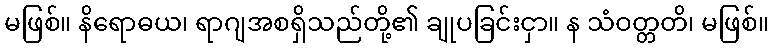
မဖြစ်။ နိရောဓယ၊ ရာဂျအစရှိသည်တို့၏ ချုပခြင်းငှာ။ န သံဝတ္တတိ၊ မဖြစ်။